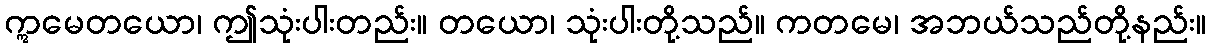
ဣမေတယော၊ ဤသုံးပါးတည်း။ တယော၊ သုံးပါးတို့သည်။ ကတမေ၊ အဘယ်သည်တို့နည်း။